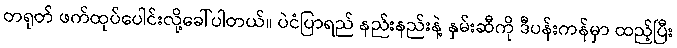
တရုတ် ဖက်ထုပ်ပေါင်းလို့ခေါ်ပါတယ်။ ပဲငံပြာရည် နည်းနည်းနဲ့ နှမ်းဆီကို ဒီပန်းကန်မှာ ထည့်ပြီး